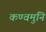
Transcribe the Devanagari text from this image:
कण्वमुनि